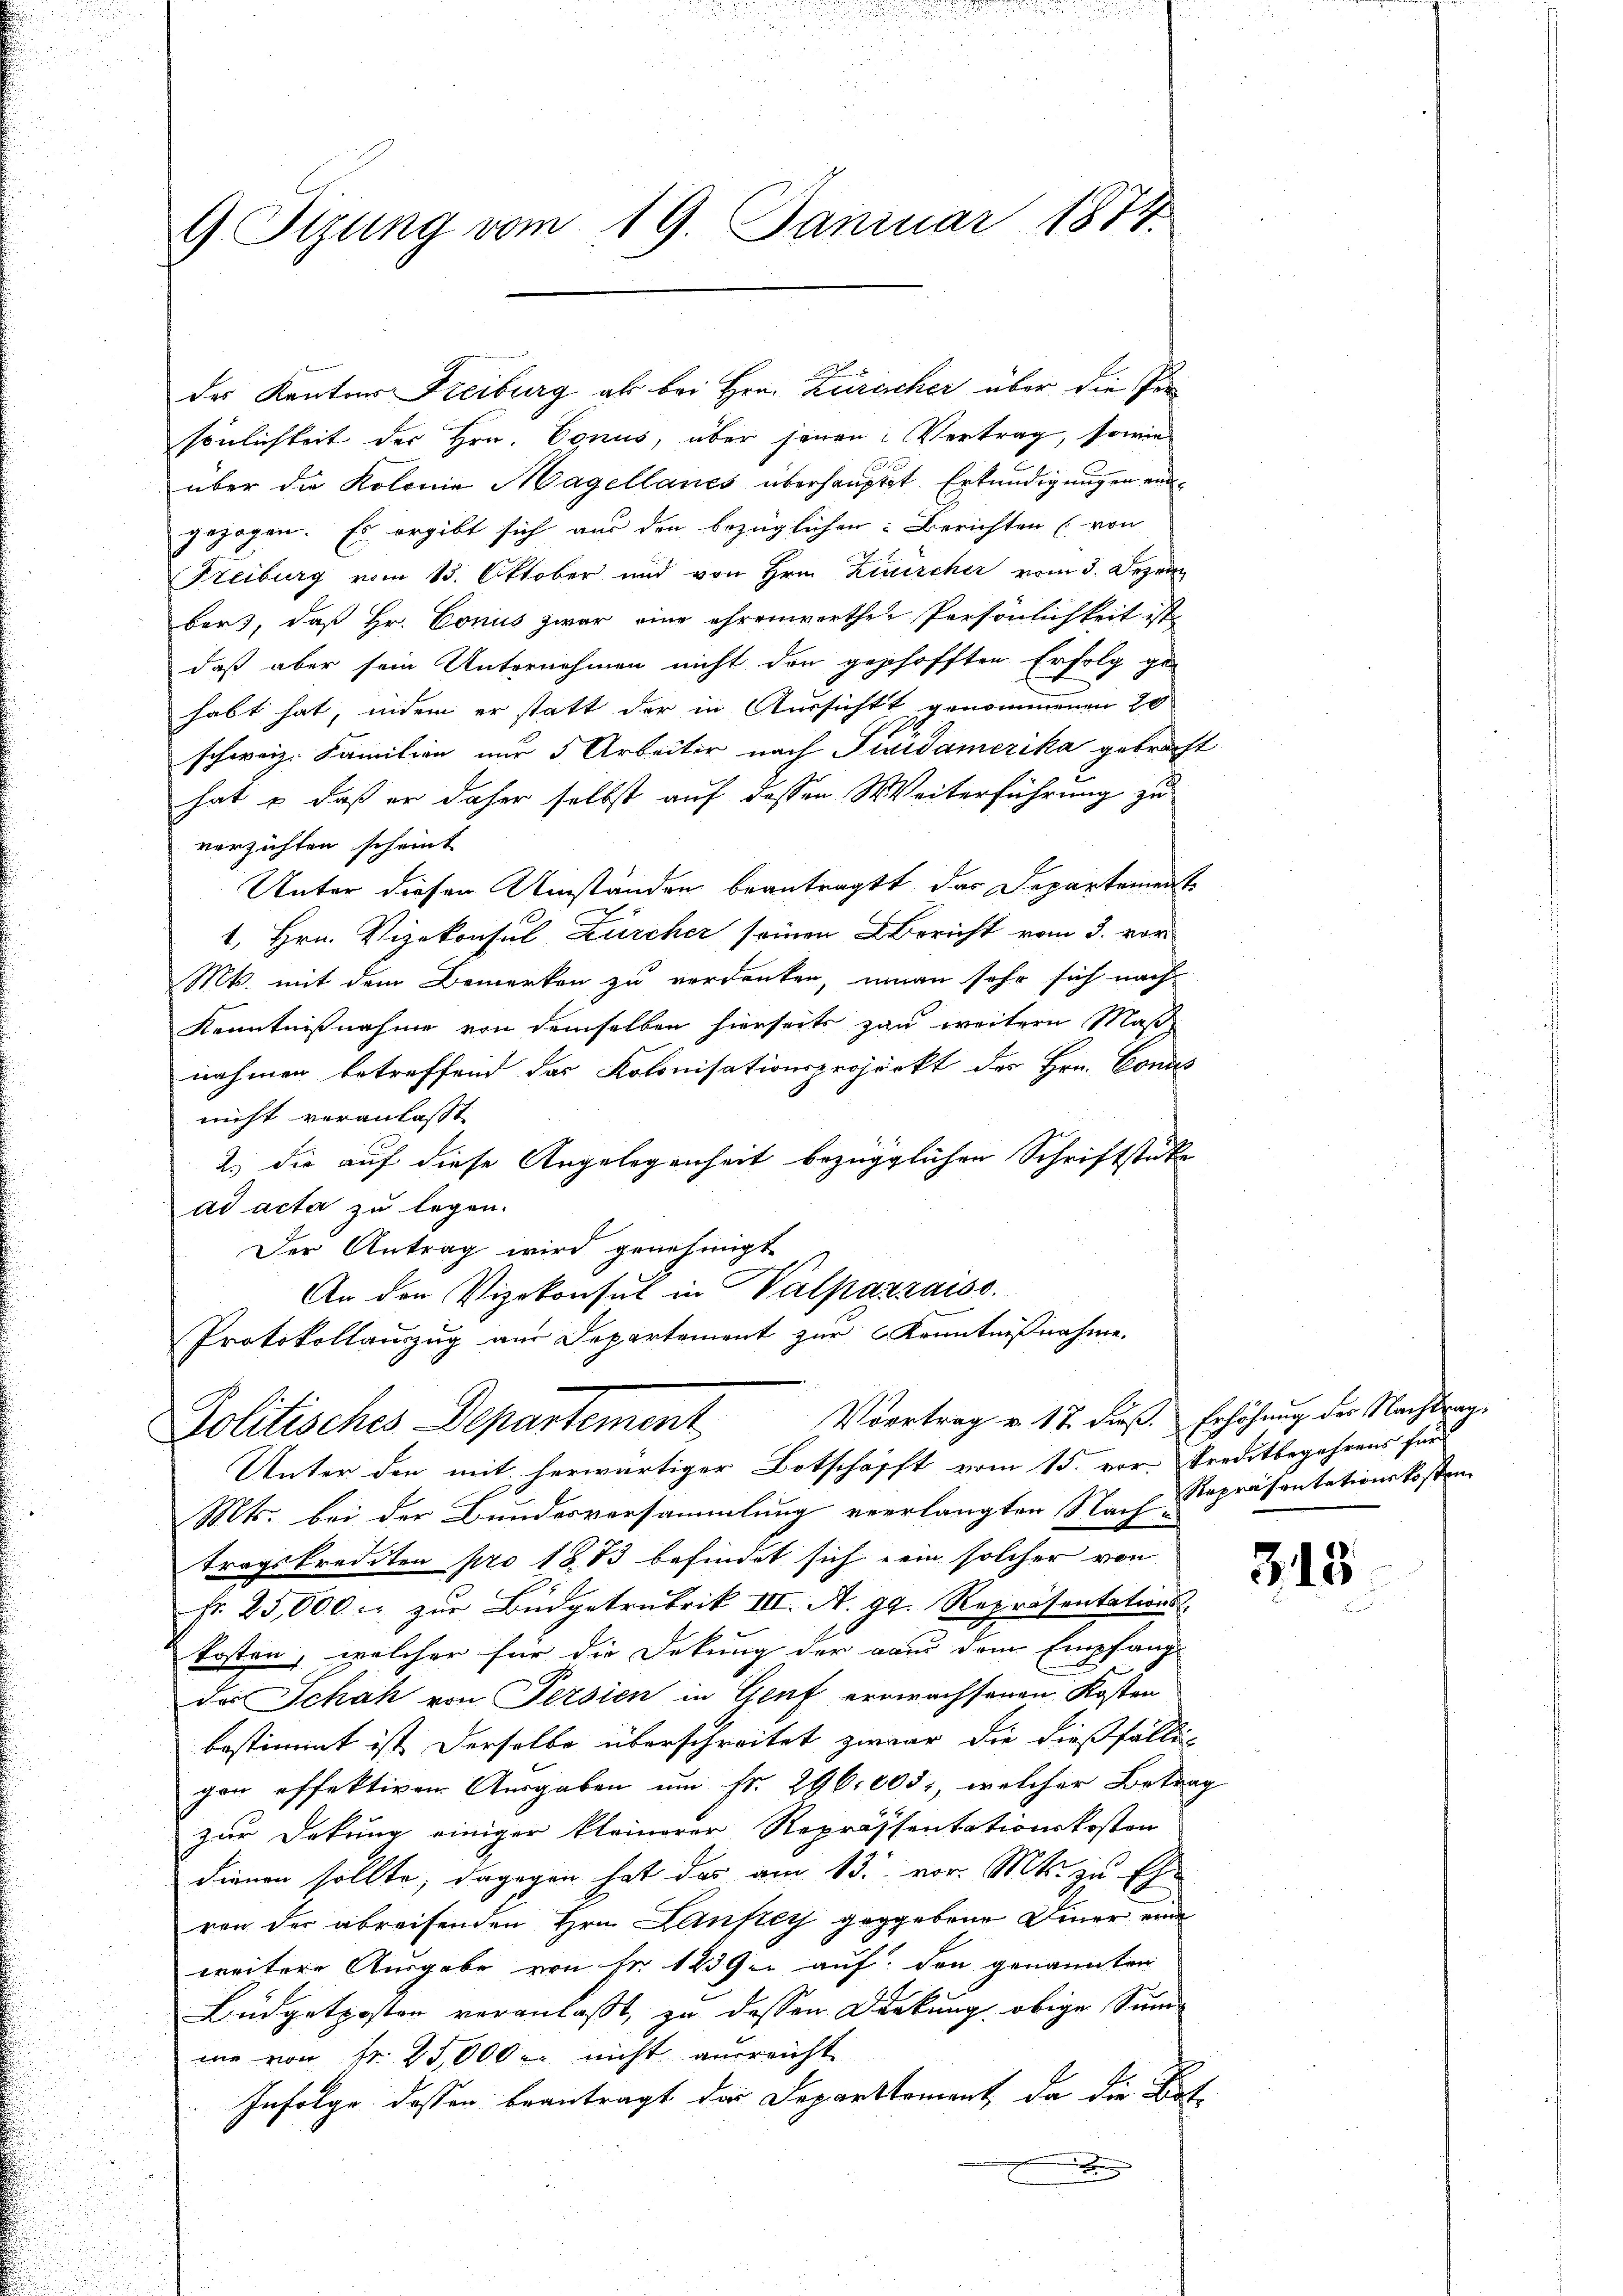
sönlichkeit der Hrn. Conus, über jenen Vertrag, sowie
über die Kolonie Magellanes überhauptet Erkundigungen eingezogen. Es ergibt sich aus den bezüglichen Berichten (von
Freiburg vom 13. Oktober und von Hrn. Zuscher vom 3. Dezem
bars, daß Hr. Conus zwar eine ehrenwerthen Persönlichkeit ist
daß aber sein Unternehmen nicht den geshofften Erfolg ge-
habt hat, indem er statt der in Aussicht genommenen 20
schweiz. Familien nur 5 Arbeiter nach Fridamerika gebracht
hat & daß er daher selbst auf dessen Weiterführung zu
verzichten scheint
Unter diesen Umständen beantragt, das Departement
1. Hrn. Vizekonsul Zürcher seinen Bericht vom 3. vor
Mts. mit dem Bemerken zu verdanken, man sehr sich nach
Kenntnißnahme von demselben hierseits zu weitern Maß
nahmen betreffend das Kolonisationsprojeckt der Hrn. Conces
nicht veranlasst.
2.) die auf diese Angelegenheit bezüglichen Schriftstüke
ad acta zu legen.
Der Antrag wird genehmigt
An den Vizekonsul in Valpazzaiss.
Protokollauszug am Departement zur Kenntnißnahme.

9. Sizung vom 19. Januar 1874.

des Kantons Freiburg als bei Hrn. Zurecher über die Per¬

Vortrag v. 17. dieß. Erhöhung der Nachtrag¬
Politisches Departement
Unter den mit herwärtiger Botschafft vom 15. vor Kreditbegehrens für

Mts. bei der Bundesversammlung verlangten Nach Repräsentationskosten
tragskrediten pro 1873 befindet sich ein solcher von
Fr. 25,000. zŭr Büdgetrubrik III. A. gg. Repräsentations
kosten, welcher für die Dekung der aus dem Empfang-
das Schah von Persien in Genf erwachsenen Kosten
bestimmt ist derselbe überschreitet zwar die dießfällig
gen offektiven Ausgaben um Fr. 296. 205, welcher Betrag
zur Deckung einiger kleinerer Reprässentationskosten
dienen sollte, dagegen hat das am 13. vor. Mts. zu Eh
ren der abreifenden Hrn. Laufrey gegebene Diner eine
weitere Ausgabe von Fr. 1239. auf den genannten
Büdgetposten veranlaßt, zu dessen Deckung obige Sum
me von Fr. 25,000 nicht ausreicht
Infolge dessen beantragt das Departtement, da die Bot

815